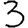
Digit: 3